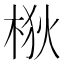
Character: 梑